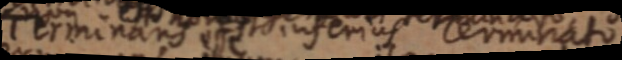
Terminans esse inferius terminato